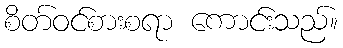
စိတ်ဝင်စားစရာ ကောင်းသည်။